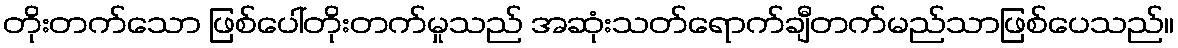
တိုးတက်သော ဖြစ်ပေါ်တိုးတက်မှုသည် အဆုံးသတ်ရောက်ချီတက်မည်သာဖြစ်ပေသည်။